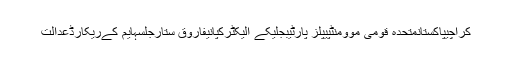
کراچیپاکستانمتحدہ قومی موومنٹپیپلز پارٹیبجلیکے الیکٹرکپانیفاروق ستارجلسہایم کےریکارڈعدالت